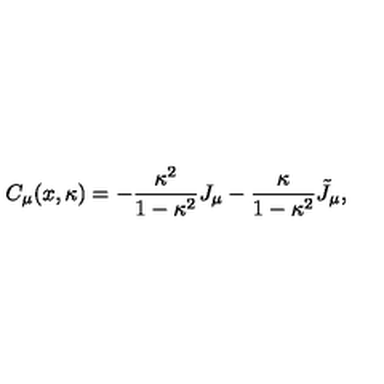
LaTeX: C _ { \mu } ( x , \kappa ) = - \frac { \kappa ^ { 2 } } { 1 - \kappa ^ { 2 } } J _ { \mu } - \frac \kappa { 1 - \kappa ^ { 2 } } \tilde { J } _ { \mu } ,